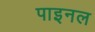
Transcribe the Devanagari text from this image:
पाइनल